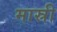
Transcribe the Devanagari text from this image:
मास्री